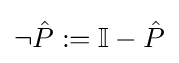
\neg {\hat {P}}:=\mathbb {I} -{\hat {P}}